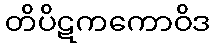
တိပိဋကကောဝိဒ